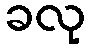
ခလု